Indian journal of veterinary science and animal husbandry - Volumes 28-29, 1958-1959
Year: 1958
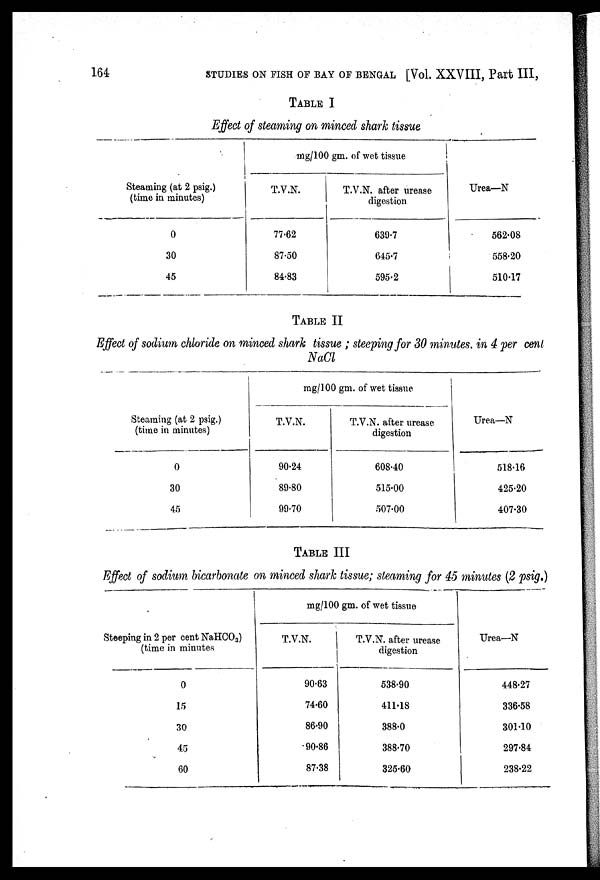
164
STUDIES ON FISH OF BAY OF BENGAL [Vol. XXVIII, Part III,
TABLE I
Effect of steaming on minced shark tissue
Steaming (at 2 psig.)
(time in minutes)
0
30
45
mg/100 gm. of wet tissue
T.V.N.
77.2
87.0
84.3
T.V.N.after urease
digestion
639.7
645.7
595.2
Urea—N
562.08
558.20
510.17
TABLE II
Effect of sodium chloride on minced shark tissue ; steeping for 30 minutes, in 4 per cent
NaCl
Steaming (at 2 psig.)
(time in minutes)
0
30
45
mg/100 gm. of wet tissue
T.V.N.
90.24
89.80
99.70
T.V.N. after urease
digestion
608.40
515.00
507.00
Urea—N
518.16
425.20
407.30
TABLE III
Effect of sodium bicarbonate on minced shark tissue; steaming for 45 minutes (2 psig.)
Steeping in 2 per cent NaHCO 3 )
(time in minutes
0
15
30
45
60
mg/100 gm. of wet tissue
T.V.N.
90.63
74.60
86.90
90.86
87.38
T.V.N. after urease
digestion
538.90
411.18
388.0
388.70
325.60
Urea—N
448.27
336.58
301.10
297.84
238.22